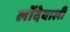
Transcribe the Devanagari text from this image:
लोंदेवाली